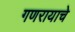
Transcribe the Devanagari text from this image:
गणरायाचे